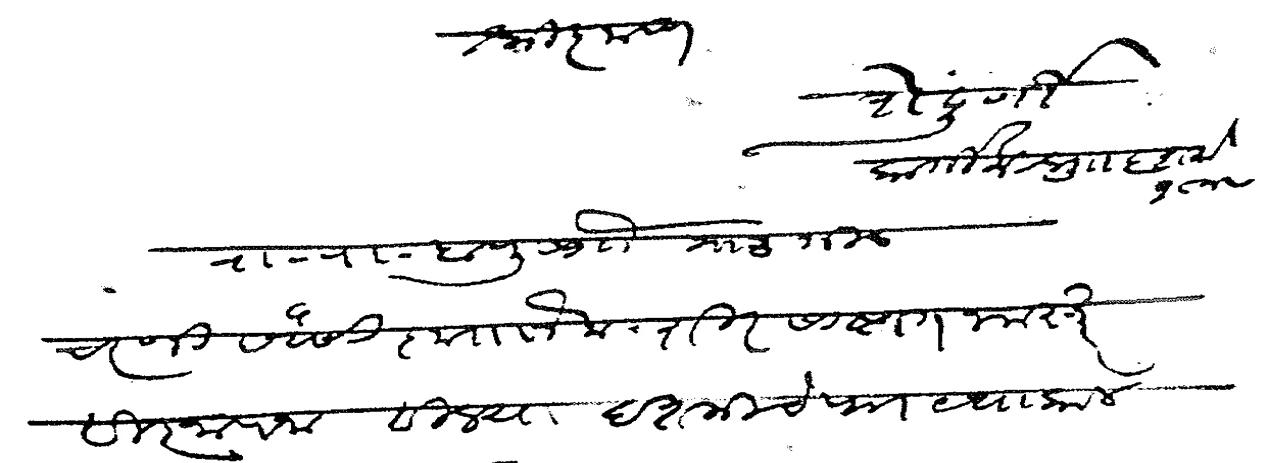
Transliteration (Devanagari): श्री कृष्ण शेंदुर्णी कार्तिक शु ६ शके १८४७ रा रा बापू साो गाडगीळ चरणी सेवेसी कृतानेक शिरसाष्टांग नमस्कार विज्ञापना विजयादशमीचे पत्र यथाकाल